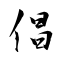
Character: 倡